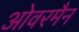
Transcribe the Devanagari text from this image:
ओवरमैन